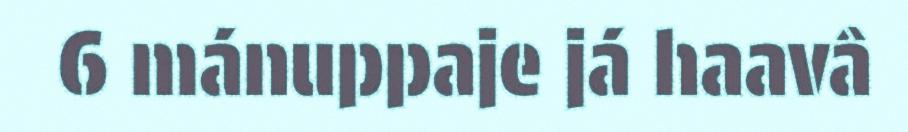
6 mánuppaje já haavâ